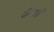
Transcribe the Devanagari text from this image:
जैनख़ाँ